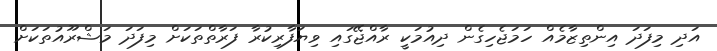
އަދި މިފަދަ އިންތިޒާމެއް ހަމަޖެހިގެން ދިއުމަކީ ރާއްޖޭގައި ވިޔަފާރިކުރާ ފަރާތްތަކަށް މިފަދަ މަޝްރޫއުތަކަށް